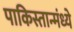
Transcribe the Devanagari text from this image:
पाकिस्तान्मंध्ये